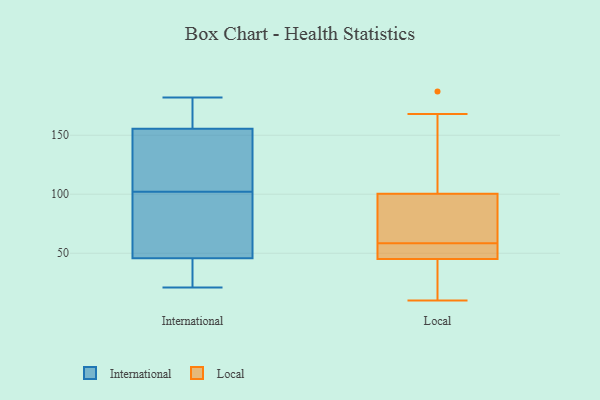
{"axis": {"x": "Humidity (%)", "y": "Value"}, "legend": ["International", "Local"], "data": [{"x": "", "y": 133, "type": "International"}, {"x": "", "y": 43, "type": "International"}, {"x": "", "y": 73, "type": "International"}, {"x": "", "y": 40, "type": "International"}, {"x": "", "y": 102, "type": "International"}, {"x": "", "y": 78, "type": "International"}, {"x": "", "y": 172, "type": "International"}, {"x": "", "y": 117, "type": "International"}, {"x": "", "y": 120, "type": "International"}, {"x": "", "y": 182, "type": "International"}, {"x": "", "y": 173, "type": "International"}, {"x": "", "y": 65, "type": "International"}, {"x": "", "y": 54, "type": "International"}, {"x": "", "y": 21, "type": "International"}, {"x": "", "y": 163, "type": "International"}, {"x": "", "y": 165, "type": "International"}, {"x": "", "y": 22, "type": "International"}, {"x": "", "y": 23, "type": "International"}, {"x": "", "y": 107, "type": "International"}, {"x": "", "y": 70, "type": "Local"}, {"x": "", "y": 50, "type": "Local"}, {"x": "", "y": 51, "type": "Local"}, {"x": "", "y": 74, "type": "Local"}, {"x": "", "y": 187, "type": "Local"}, {"x": "", "y": 19, "type": "Local"}, {"x": "", "y": 146, "type": "Local"}, {"x": "", "y": 120, "type": "Local"}, {"x": "", "y": 23, "type": "Local"}, {"x": "", "y": 40, "type": "Local"}, {"x": "", "y": 131, "type": "Local"}, {"x": "", "y": 79, "type": "Local"}, {"x": "", "y": 51, "type": "Local"}, {"x": "", "y": 168, "type": "Local"}, {"x": "", "y": 51, "type": "Local"}, {"x": "", "y": 28, "type": "Local"}, {"x": "", "y": 64, "type": "Local"}, {"x": "", "y": 53, "type": "Local"}, {"x": "", "y": 10, "type": "Local"}, {"x": "", "y": 81, "type": "Local"}]}